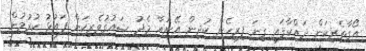
އޯގާތެރިކަން ދައްކާފައި ގިނަ ފިރިހެން ކުދިން އޭނައާ މެދު ޝައުޤުވެރިކަން ފައުޅު ކުރުމުން